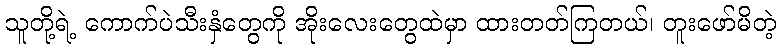
သူတို့ရဲ့ ကောက်ပဲသီးနှံတွေကို အိုးလေးတွေထဲမှာ ထားတတ်ကြတယ်၊ တူးဖော်မိတဲ့